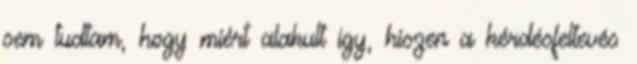
sem tudtam, hogy miért alakult így, hiszen a kérdésfeltevés